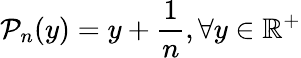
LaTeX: \mathcal{P}_{n}(y)=y+\frac{1}{n},\forall y\in\mathbb{R}^{+}